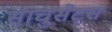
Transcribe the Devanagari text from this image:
साचुसेट्स